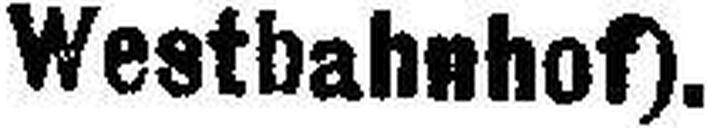
Westbahnhof).